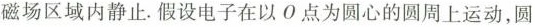
磁场区域内静止。假设电子在以O点为圆心的圆周上运动，圆